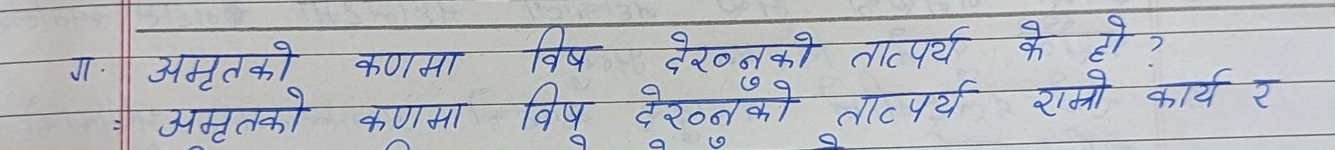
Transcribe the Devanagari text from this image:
अमृतको कणमा विष देख्नको तात्पर्य के हो ?
अमृतको कणमा विष देख्नको तात्पर्य राम्रो कार्य र